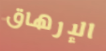
الإرهاق